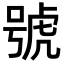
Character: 號